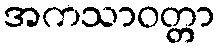
အကသာဝတ္တာ